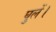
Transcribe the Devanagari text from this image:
घुलें।